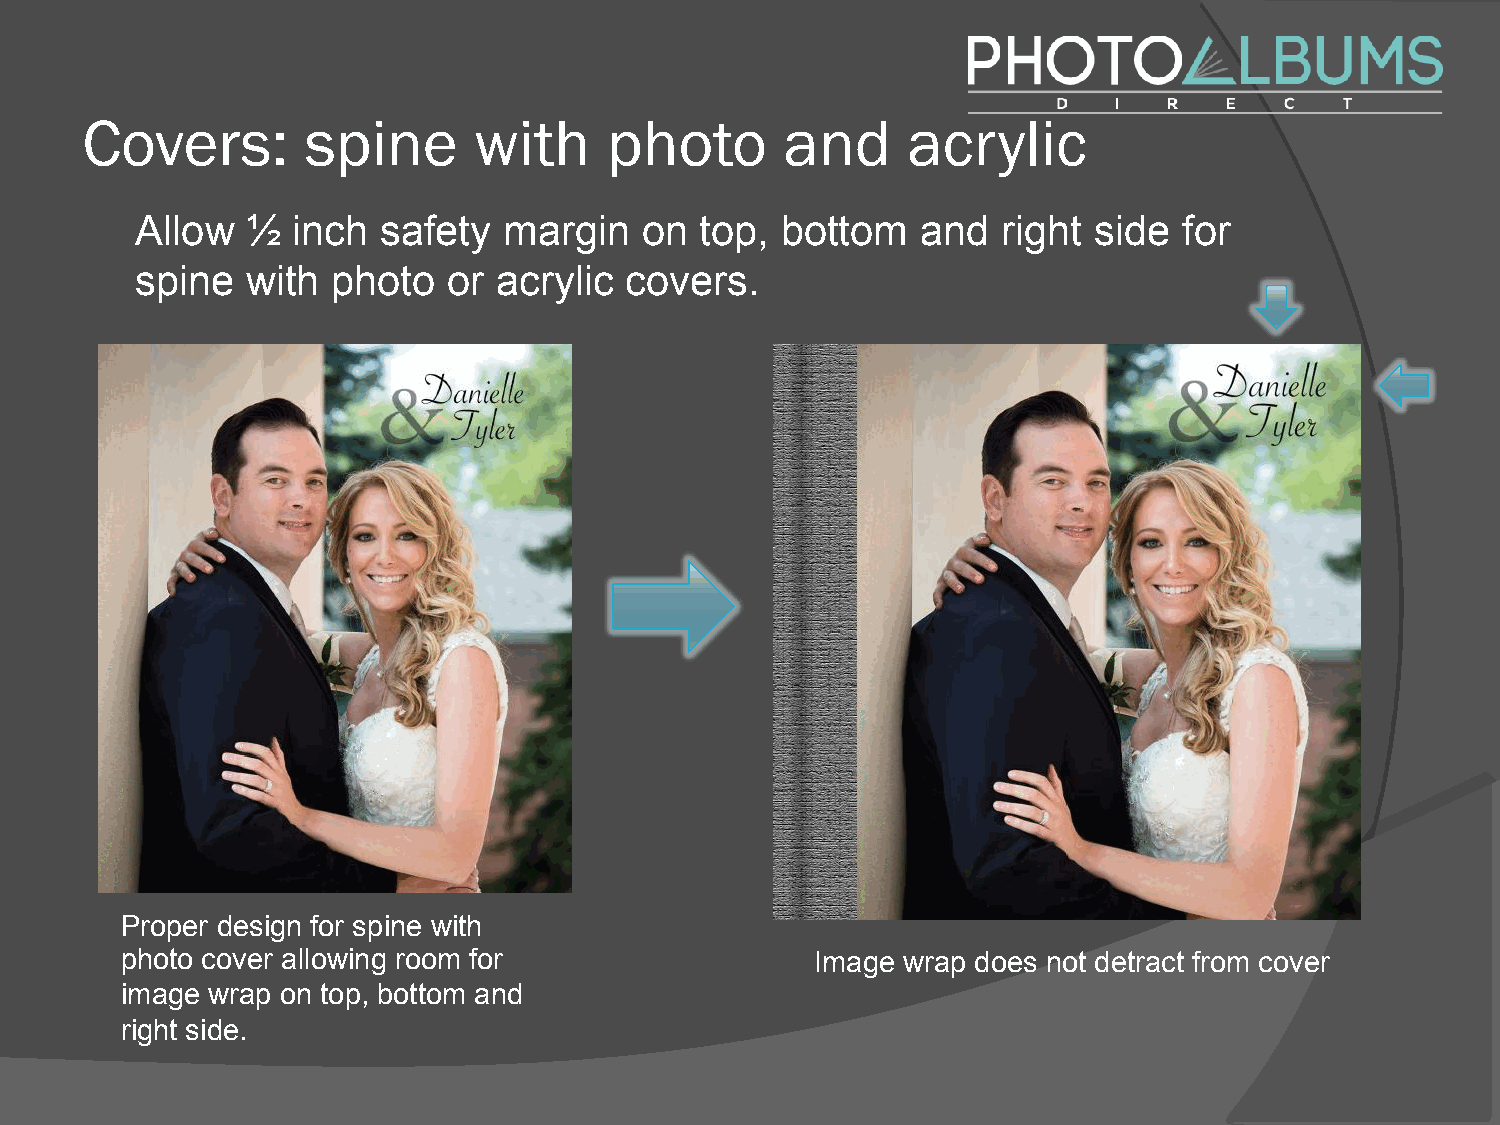
Covers:        spine      with     photo       and     acrylic
 Allow  ½  inch  safety  margin    on top,  bottom   and  right side  for
 spine  with  photo   or acrylic covers.
 Proper design for spine with
 photo cover allowing room for                 Image wrap does not detract from cover
 image wrap on top, bottom and
 right side.